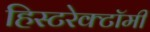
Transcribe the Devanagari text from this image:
हिस्टरेक्टॉमी